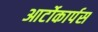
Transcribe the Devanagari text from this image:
आर्टोकार्पस